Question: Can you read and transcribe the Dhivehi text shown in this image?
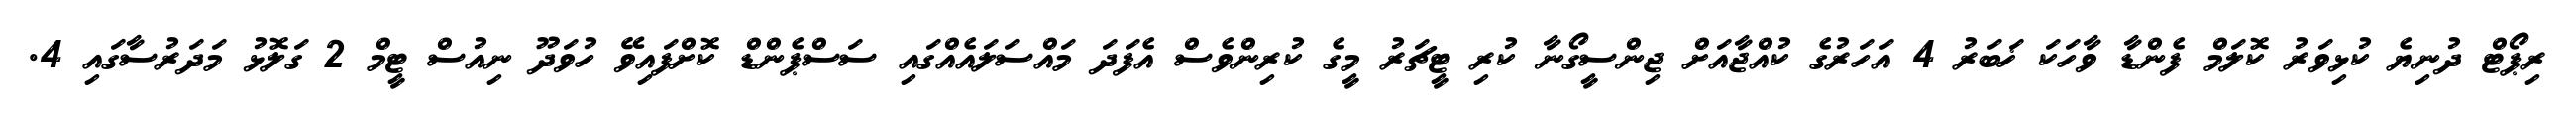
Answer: ރިޕޯޓް ދުނިޔެ ކުޅިވަރު ކޮލަމް ފެންޑާ ވާހަކަ ޚަބަރު 4 އަހަރުގެ ކުއްޖާއަށް ޖިންސީގޯނާ ކުރި ޓީޗަރު މީގެ ކުރިންވެސް އެފަދަ މައްސަލައެއްގައި ސަސްޕެންޑް ކޮށްފައިވޭ ހުވަދޫ ނިއުސް ޓީމް 2 ގަލޮޅު މަދަރުސާގައި 4.